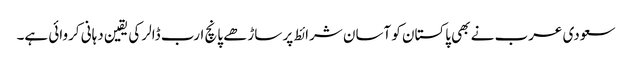
سعودی عرب نے بھی پاکستان کو آسان شرائط پر ساڑھے پانچ ارب ڈالر کی یقین دہانی کروائی ہے۔